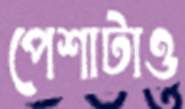
পেশাটাও